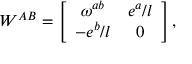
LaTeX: W ^ { A B } = \left[ \begin{array} { c c } { { \omega ^ { a b } } } & { { e ^ { a } / l } } \\ { { - e ^ { b } / l } } & { { 0 } } \end{array} \right] ,